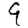
Digit: 9